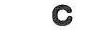
C